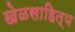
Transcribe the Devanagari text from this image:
खेळसाहित्य